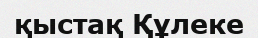
қыстақ Құлеке